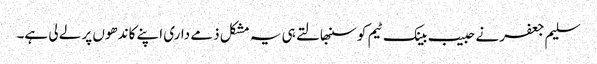
سلیم جعفر نے حبیب بینک ٹیم کو سنبھالتے ہی یہ مشکل ذمے داری اپنے کاندھوں پر لے لی ہے۔